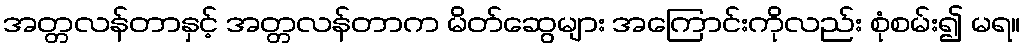
အတ္တလန်တာနှင့် အတ္တလန်တာက မိတ်ဆွေများ အကြောင်းကိုလည်း စုံစမ်း၍ မရ။